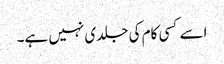
اسے کسی کام کی جلدی نہیں ہے۔